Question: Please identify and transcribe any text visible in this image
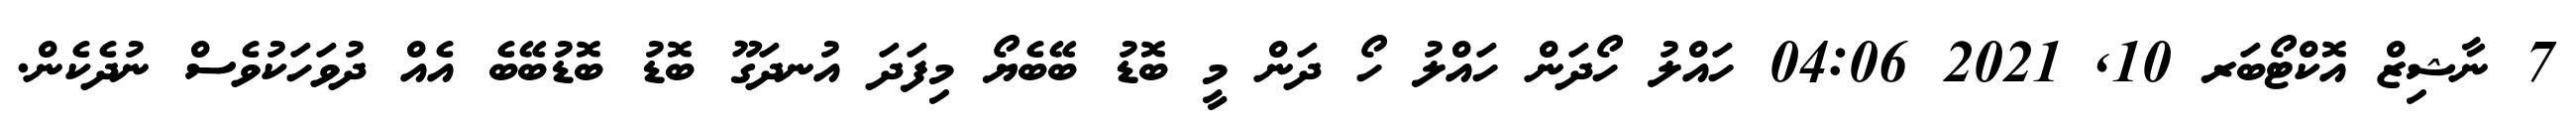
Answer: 7 ނާޝިޒް އޮކްޓޯބަރ 10, 2021 04:06 ހައްލު ހޯދަން ހައްލު ހޯ ދަން މީ ބޮޑު ބޭބެޔޯ މިފަދަ އުނދަގޫ ބޮޑު ބޮޑުބޭބެ އެއް ދުވަހަކުވެސް ނުދެކެން.